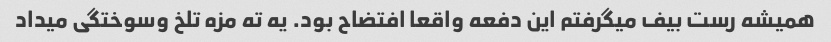
همیشه رست بیف میگرفتم این دفعه واقعا افتضاح بود. یه ته مزه تلخ وسوختگی میداد